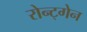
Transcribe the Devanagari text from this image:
रोन्ट्गेेन